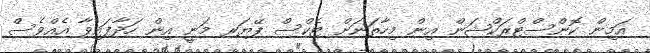
އަމިން ކޮންސްޓްރަކްޝަން އިން މިހާތަނަށް ޓެކްސް ޕޭޔަރ މަނީ އިން ހަދާފައިވާ އެއްވެސް